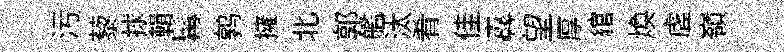
污藜捄輯髯鹑擁北郭艦汰肴佳纛望厚綰焕虗嶺